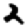
Digit: 2